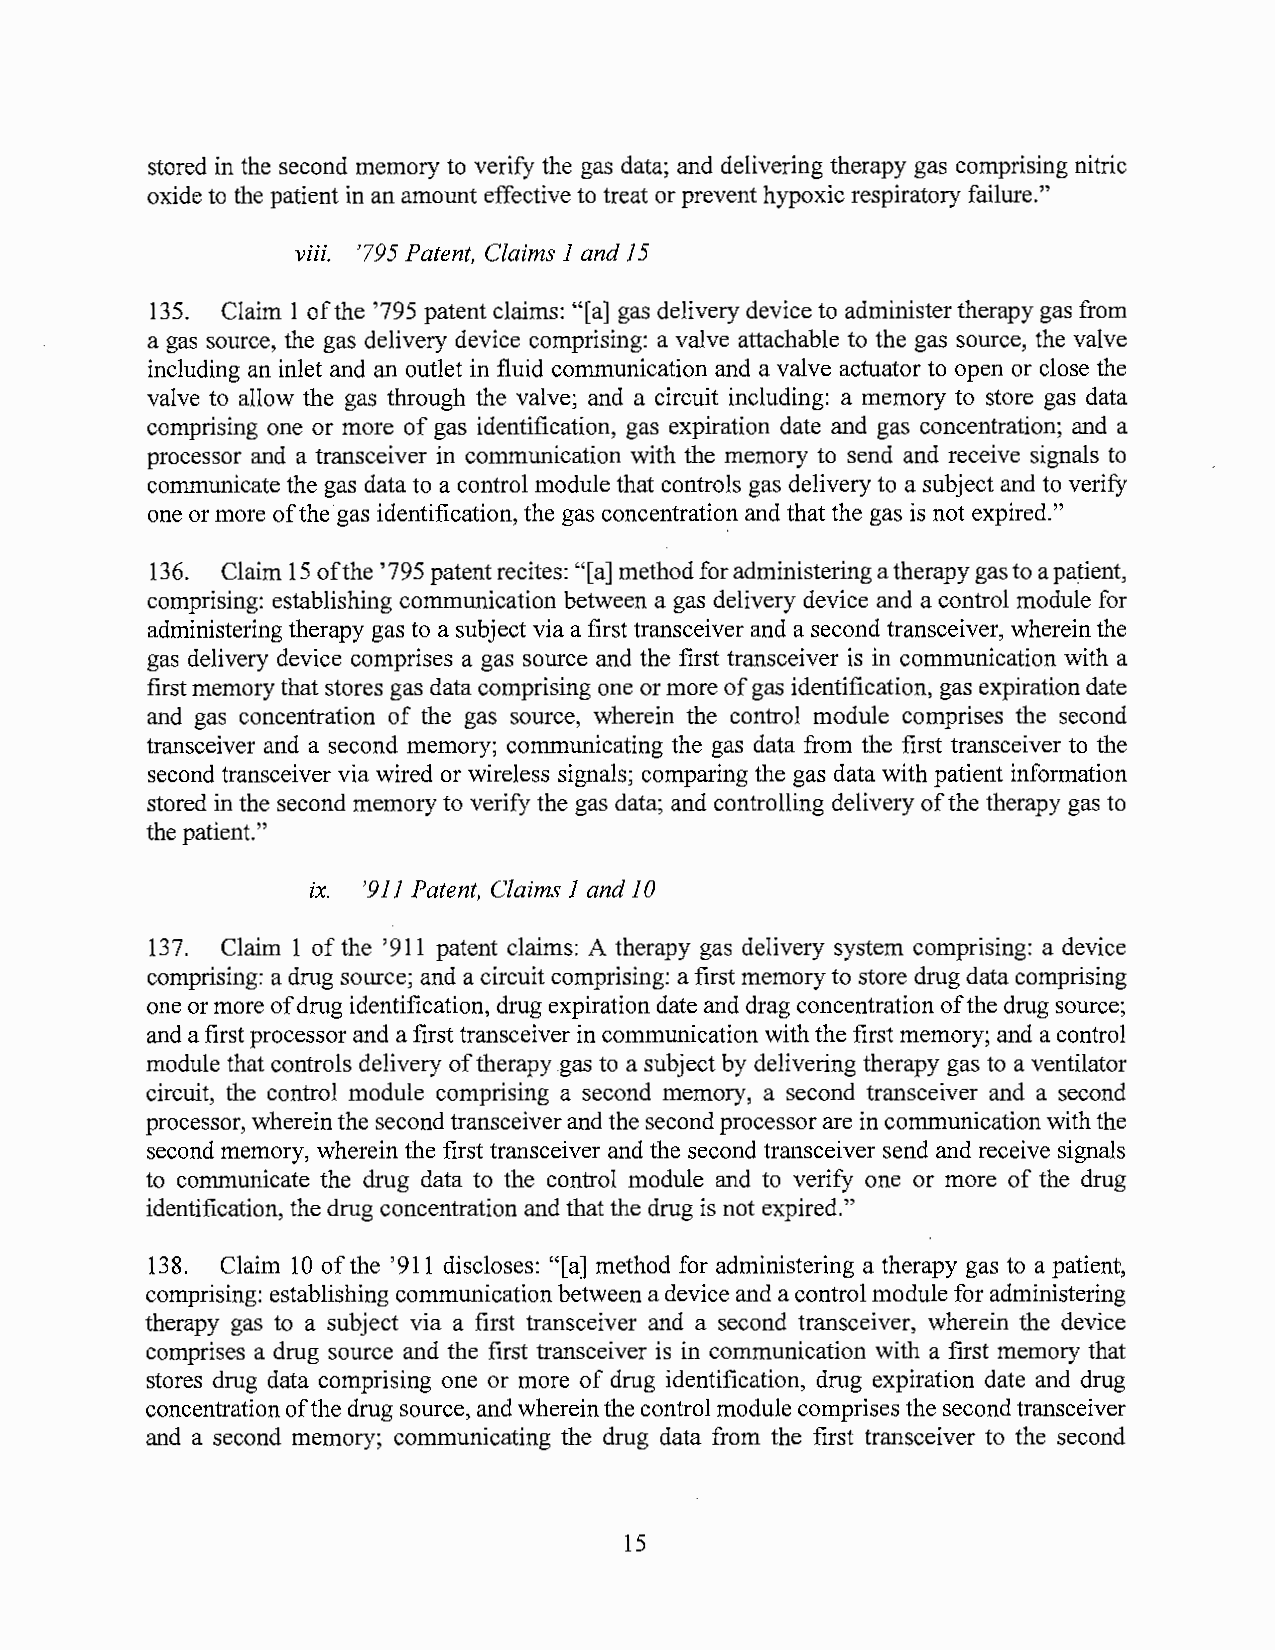
stored in the second memory to verify the gas data; and delivering therapy gas comprising nitric
 oxide to the patient in an amount effective to treat or prevent hypoxic respiratory failure."
 viii. '795 Patent, Claims 1 and 15
 135. Claim 1 of the '795 patent claims: "[a] gas delivery device to administer therapy gas from
 a gas source, the gas delivery device comprising: a valve attachable to the gas source, the valve
 including an inlet and an outlet in fluid communication and a valve actuator to open or close the
 valve to allow the gas through the valve; and a circuit including: a memory to store gas data
 comprising one or more of gas identification, gas expiration date and gas concentration; and a
 processor and a transceiver in communication with the memory to send and receive signals to
 communicate the gas data to a control module that controls gas delivery to a subject and to verify
 one or more of the gas identification, the gas concentration and that the gas is not expired."
 136. Claim 15 of the '795 patent recites: "[a] method for administering a therapy gas to a patient,
 comprising: establishing communication between a gas delivery device and a control module for
 administering therapy gas to a subject via a first transceiver and a second transceiver, wherein the
 gas delivery device comprises a gas source and the first transceiver is in communication with a
 first memory that stores gas data comprising one or more of gas identification, gas expiration date
 and gas concentration of the gas source, wherein the control module comprises the second
 transceiver and a second memory; communicating the gas data from the first transceiver to the
 second transceiver via wired or wireless signals; comparing the gas data with patient information
 stored in the second memory to verify the gas data; and controlling delivery of the therapy gas to
 the patient."
 ix. '911 Patent, Claims 1 and 10
 137. Claim 1 of the '911 patent claims: A therapy gas delivery system comprising: a device
 comprising: a drug source; and a circuit comprising: a first memory to store drug data comprising
 one or more of drug identification, drug expiration date and drag concentration of the drug source;
 and a first processor and a first transceiver in communication with the first memory; and a control
 module that controls delivery of therapy gas to a subject by delivering therapy gas to a ventilator
 circuit, the control module comprising a second memory, a second transceiver and a second
 processor, wherein the second transceiver and the second processor are in communication with the
 second memory, wherein the first transceiver and the second transceiver send and receive signals
 to communicate the drug data to the control module and to verify one or more of the drug
 identification, the drug concentration and that the drug is not expired."
 138. Claim 10 of the '911 discloses: "[a] method for administering a therapy gas to a patient,
 comprising: establishing communication between a device and a control module for administering
 therapy gas to a subject via a first transceiver and a second transceiver, wherein the device
 comprises a drug source and the first transceiver is in communication with a first memory that
 stores drug data comprising one or more of drug identification, drug expiration date and drug
 concentration of the drug source, and wherein the control module comprises the second transceiver
 and a second memory; communicating the drug data from the first transceiver to the second
 15